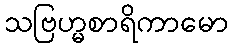
သဗြဟ္မစာရိကာမော